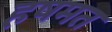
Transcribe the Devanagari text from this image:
हषमत